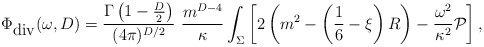
\begin{align*}\Phi_{\mbox{div}}(\omega,D)={\Gamma\left(1-\frac D2\right) \over (4\pi)^{D/2}}\,\, {m^{D-4} \over \kappa}\int_{\Sigma}\left[2\left(m^2-\left(\frac 16 -\xi\right)R\right)-{\omega^2\over \kappa^2}{\cal P}\right],\end{align*}